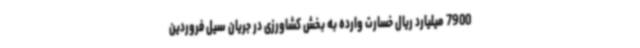
7900 میلیارد ریال خسارت وارده به بخش کشاورزی در جریان سیل فروردین